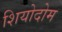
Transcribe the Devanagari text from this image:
शियोदोम